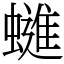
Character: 䗯